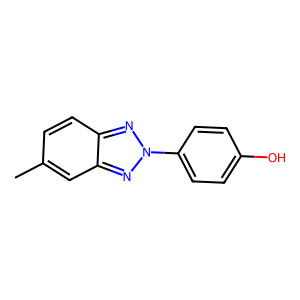
SMILES: Cc1ccc2nn(-c3ccc(O)cc3)nc2c1
Inhibits HIV replication: No